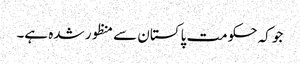
جو کہ حکومت پاکستان سے منظور شدہ ہے۔